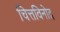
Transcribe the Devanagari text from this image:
चित्तविनोद